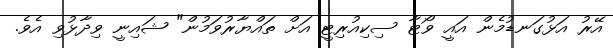
އޭރު އަޅުގަނޑުމެން އައީ ވޯޓާ ސިކިއުރިޓީ އަށް ތައްޔާރުވަމުން" ޝައިނީ ވިދާޅުވި އެވެ.